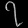
Digit: ၇